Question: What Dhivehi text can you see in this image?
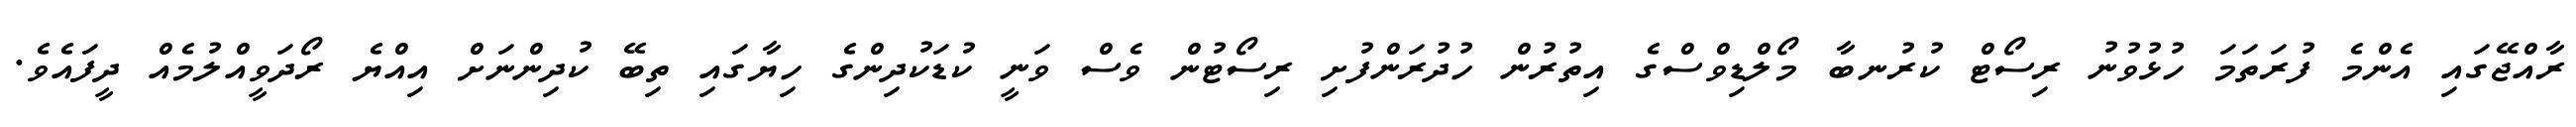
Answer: ރާއްޖޭގައި އެންމެ ފުރަތަމަ ހުޅުވުނު ރިސޯޓް ކުރުނބާ މޯލްޑިވްސްގެ އިތުރުން ހުދުރަންފުށި ރިސޯޓުން ވެސް ވަނީ ކުޑަކުދިންގެ ހިޔާގައި ތިބޭ ކުދިންނަށް އިއްޔެ ރޯދަވީއްލުމެއް ދީފައެވެ.